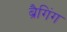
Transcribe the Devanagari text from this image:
ब्रैगिंग